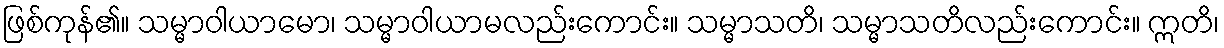
ဖြစ်ကုန်၏။ သမ္မာဝါယာမော၊ သမ္မာဝါယာမလည်းကောင်း။ သမ္မာသတိ၊ သမ္မာသတိလည်းကောင်း။ ဣတိ၊